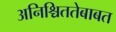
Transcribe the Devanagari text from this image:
अनिश्चिततेबाबत